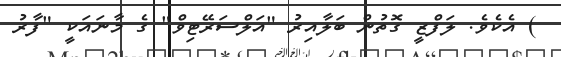
) އެކެވެ. ލަފްޒީ ގޮތުން ބަލާއިރު "އަލްސަރޭޓިވް" ގެ މާނައަކީ "ފާރު